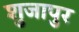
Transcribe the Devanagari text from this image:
शुजापुर